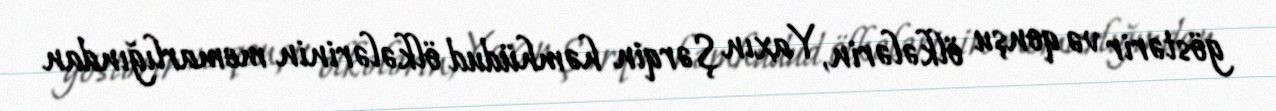
göstərir və qonşu ölkələrin, Yaxın Şərqin həmhüdud ölkələrinin memarlığından